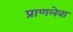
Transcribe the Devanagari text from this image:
प्राणलेवा